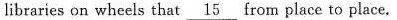
libraries on wheels that\underline{15} from place to place.